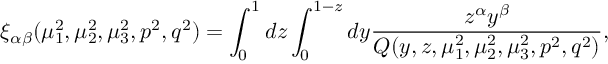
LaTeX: \xi _ { \alpha \beta } ( \mu _ { 1 } ^ { 2 } , \mu _ { 2 } ^ { 2 } , \mu _ { 3 } ^ { 2 } , p ^ { 2 } , q ^ { 2 } ) = \int _ { 0 } ^ { 1 } d z \int _ { 0 } ^ { 1 - z } d y \frac { z ^ { \alpha } y ^ { \beta } } { Q ( y , z , \mu _ { 1 } ^ { 2 } , \mu _ { 2 } ^ { 2 } , \mu _ { 3 } ^ { 2 } , p ^ { 2 } , q ^ { 2 } ) } ,